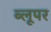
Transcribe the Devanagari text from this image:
ब्लूपर